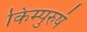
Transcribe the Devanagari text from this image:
किम्पुरुषं